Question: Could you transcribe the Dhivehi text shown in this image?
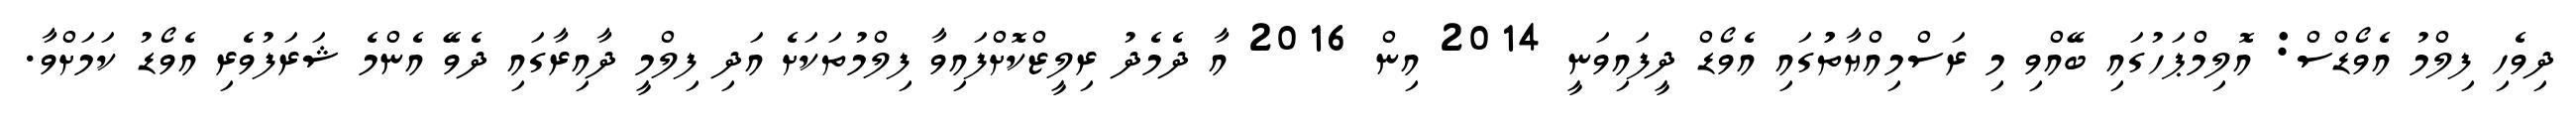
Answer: ދިވެހި ފިލްމު އެވޯޑްސް: އޮލިމްޕަހުގައި ބޭއްވި މި ރަސްމިއްޔާތުުގައި އެވޯޑް ދީފައިވަނީ 2014 އިން 2016 އާ ދެމެދު ރިލީޒްކޮށްފައިވާ ފިލްމުތަކަށެ އަދި ފިލްމީ ދާއިރާގައި ދެވޭ އެންމެ ޝަރަފުވެރި އެވޯޑު ކަމަށްވާ.